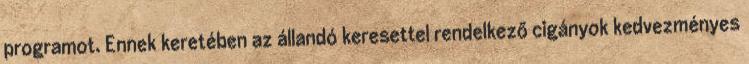
programot. Ennek keretében az állandó keresettel rendelkező cigányok kedvezményes